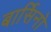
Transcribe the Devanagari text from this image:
बार्सिनो